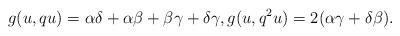
LaTeX: \begin{align*}g(u,qu)= \alpha\delta+\alpha\beta+\beta\gamma+\delta\gamma,g(u, q^{2}u)=2(\alpha\gamma+\delta\beta).\end{align*}